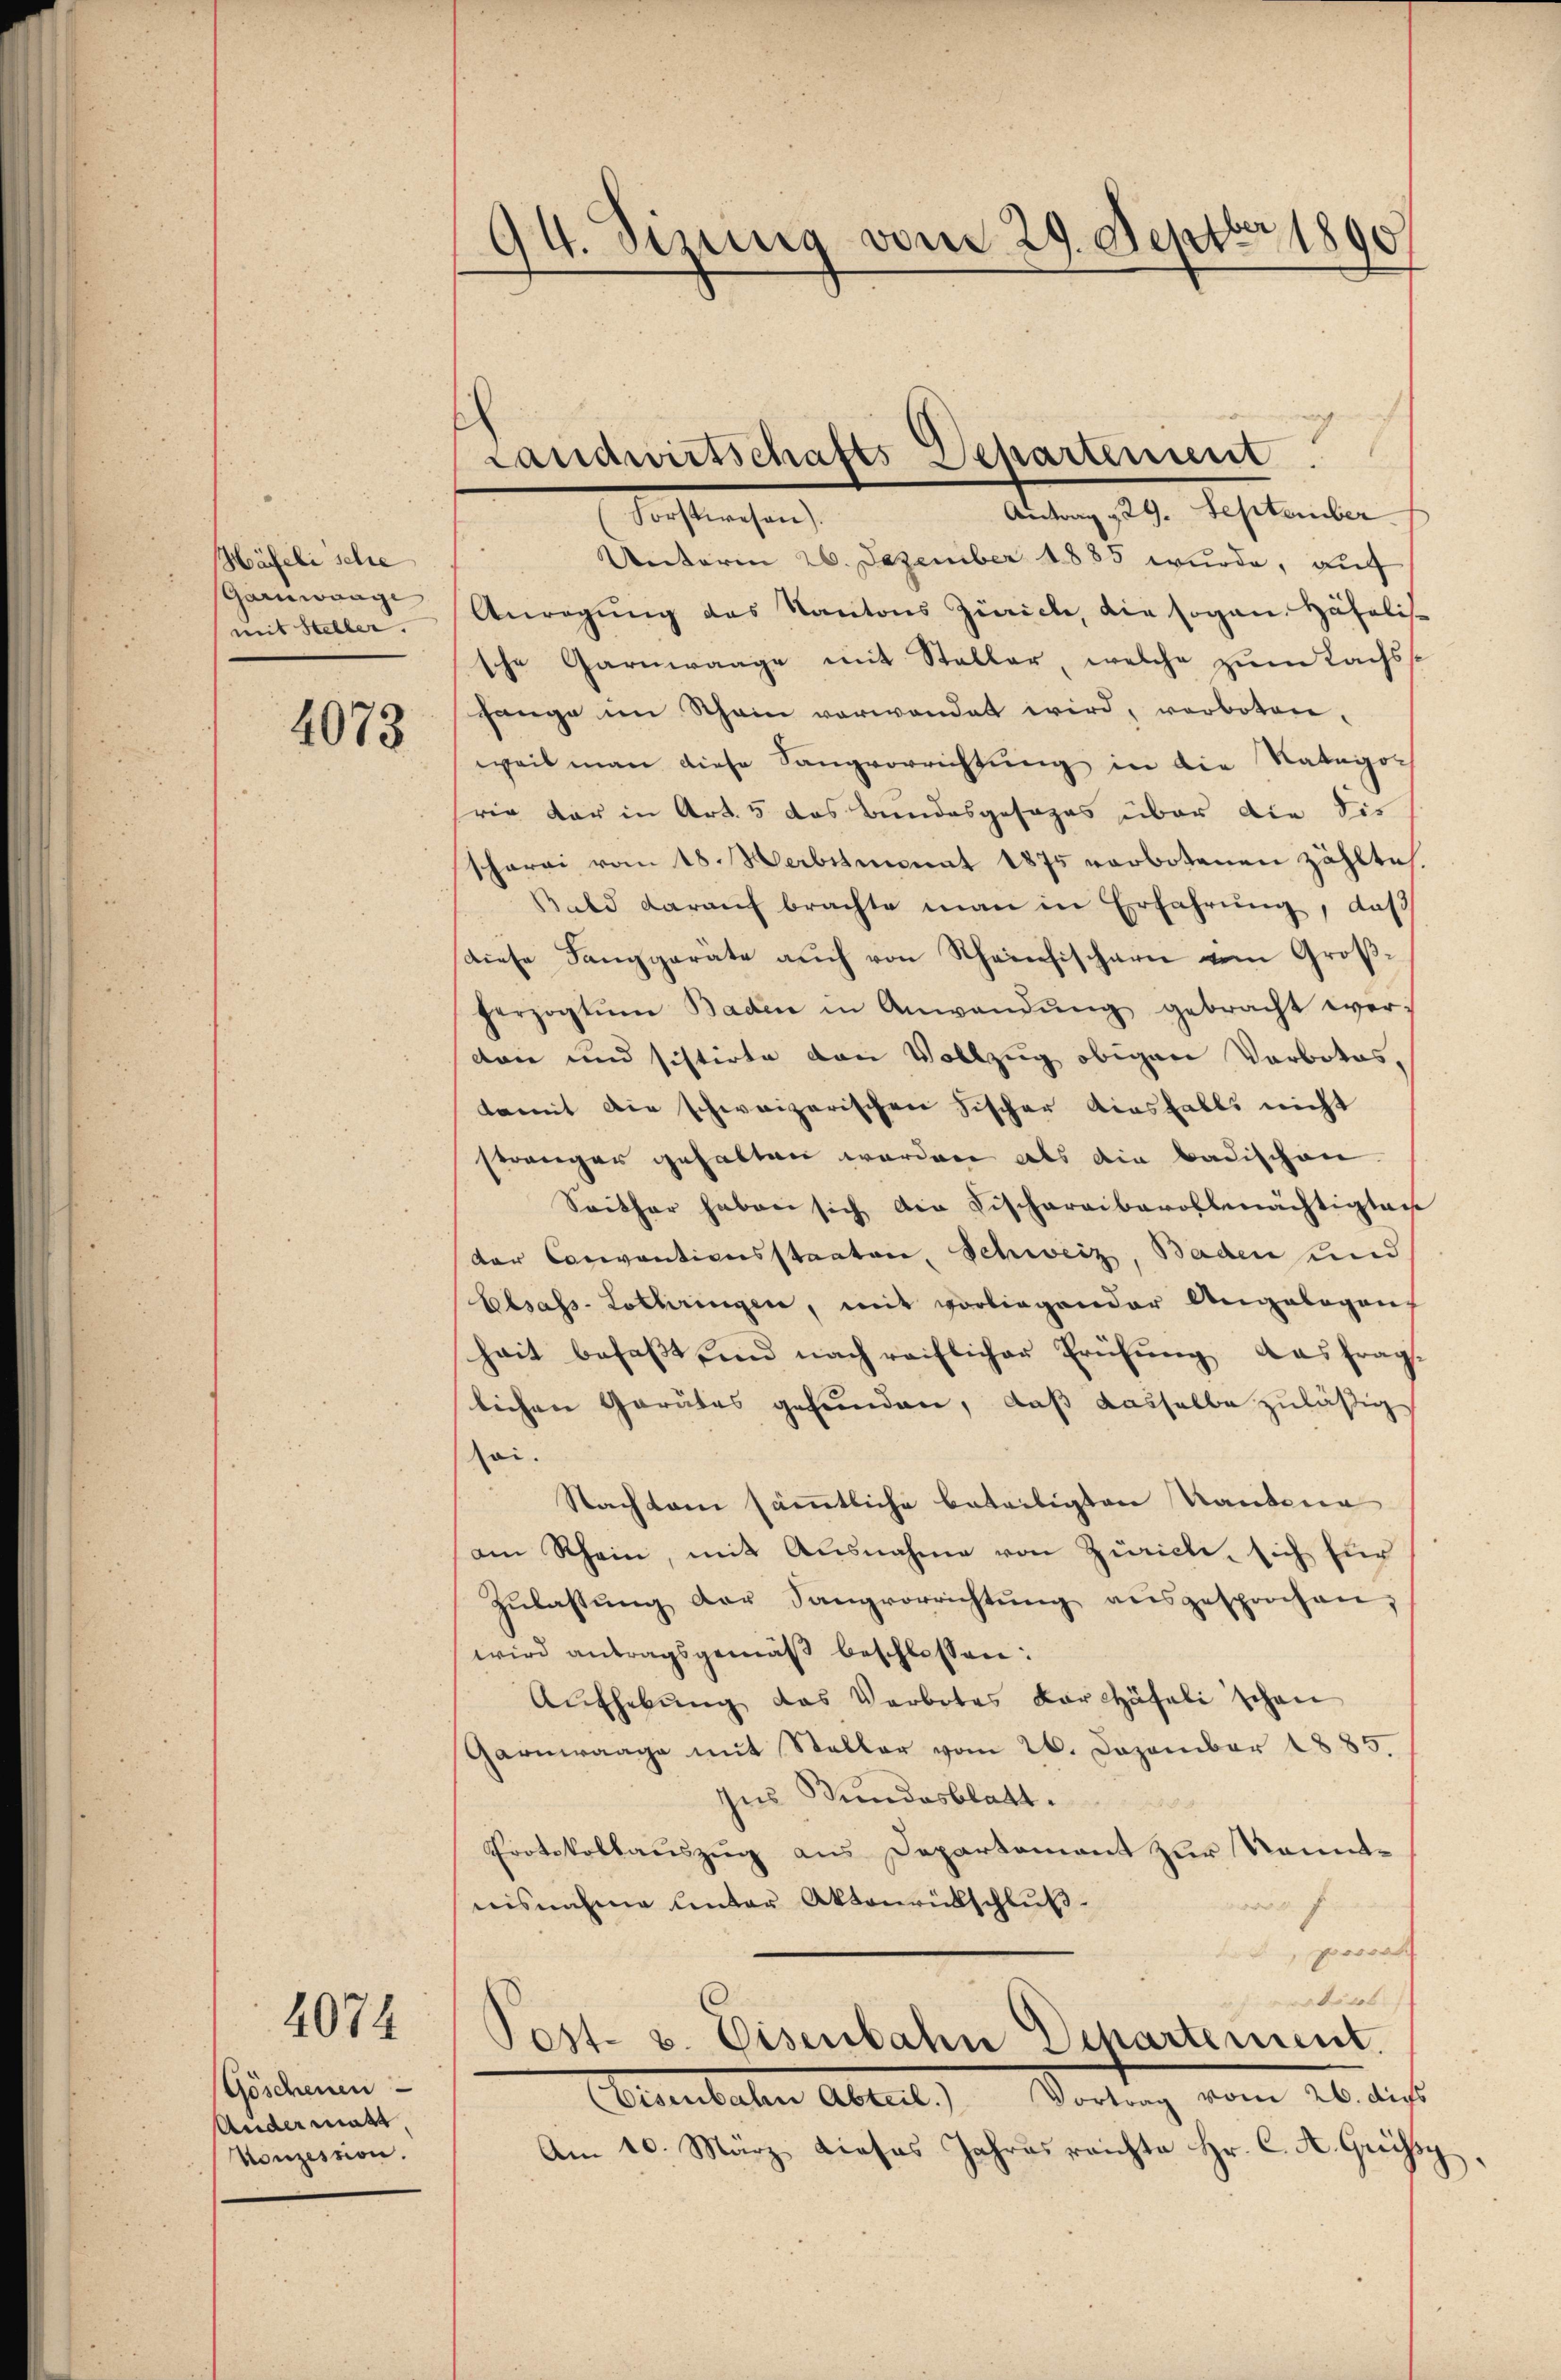
Häfeli schre
Garnwange
mit Steller.

4073

Göschenen
Andermatt.
Konzession.

4074

94. Sizung vom 29. Septbr 1890

Landwirtschafts-Departement
Antrag 29. September
Forstwesen).

Unterm 26. Dezember 1885 wurde, auff
Anregung des Kantons Zürich, die sogan. Hähalissche Garnwaage mit Steller, welche zum Lachsst
hange im Schein verwendet wird, verboten.
weil man diese Sangvorrichtung in die Rategor
rig der in Art. 5 das Bundesgesages über die Sie
scherei vom 18. Herbstmonat 1875 verbotenen zählte.
Bald darauf brachte man in Erfahrŭng, daß
diese Fanggarate aŭch von Scheinfischern vom Groß-
herzogtŭm Baden in Anwendŭng gebracht wer-
don und sistirte den Vollzug obigen Verbotes,
damit die schweizerischen Fischer diesfalls nicht
strenger gehalten worden als die Badischen.
Seither haben sich die Fischaraibavollmächtigten
der Conventionsstaaten, Schweiz, Baden und
Elsass-Lothringen, mit vorliegender Angebogen,
hait befaßt und nach reiflicher Prüfung das fraglichen Garates gefunden, daß dasselbe zuläßig
soi.
Nachten sämmtliche beteiligten Raubena
am Rhein, mit Ausnahme von Zürich, sich für
Zŭlassŭng der Sangvorrichtŭng aŭsgesprochen,
wird antragsgemäß beschlossen:
Aŭfhebŭng das Verbotes Karhäfeli schon
Garnwaage mit Steller vom 26. Dezember 1885.
Ins Bundesblatt.
Protokollauszug aus Departement zur Kenntnisnahme Unter Aktenrütschlŭβ
prosse
rators
Post- u. Eisenbahn Departement.
(Eisenbahn Abteil.) Vortrag vom 26. dis
Am 10. März dieses Jahres reichte Hr. C. A. Grüssy,